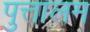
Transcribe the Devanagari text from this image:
पुत्तालम